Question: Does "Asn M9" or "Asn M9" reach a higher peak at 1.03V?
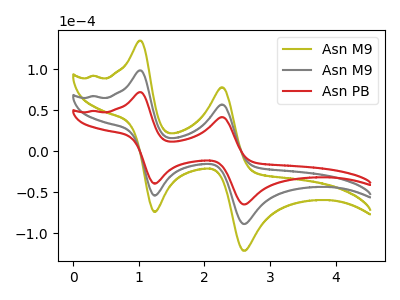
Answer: <think>The olive curve "Asn M9" has anodic peaks at (1.05V, 197.20uA) (2.25V, 114.10uA) and cathodic peaks at (1.25V, -108.15uA) (2.60V, -177.50uA). The gray curve "Asn M9" has anodic peaks at (1.05V, 98.60uA) (2.25V, 57.05uA) and cathodic peaks at (1.25V, -54.10uA) (2.60V, -88.75uA). The red curve "Asn PB" has anodic peaks at (1.05V, 72.10uA) (2.25V, 41.70uA) and cathodic peaks at (1.25V, -39.55uA) (2.60V, -64.90uA).</think>
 <answer>The peak at 1.03V is lower in "Asn M9" than in "Asn M9".</answer>
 <eval>lower</eval>